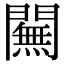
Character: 𨶭